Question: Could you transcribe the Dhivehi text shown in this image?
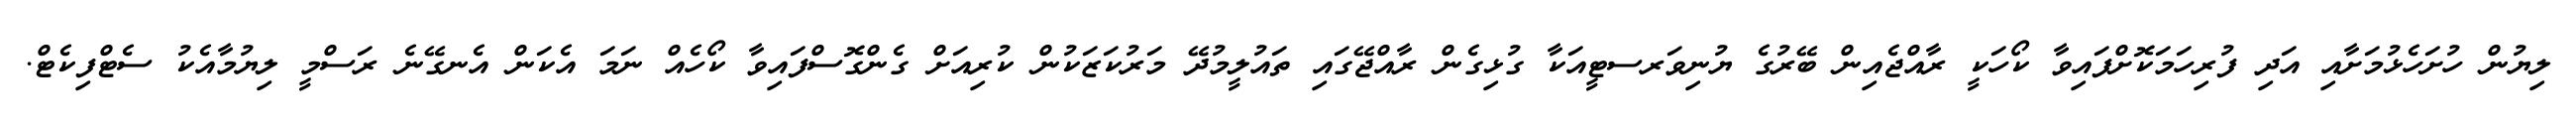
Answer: ލިޔުން ހުށަހެޅުމަށާއި އަދި ފުރިހަމަކޮށްފައިވާ ކޯހަކީ ރާއްޖެއިން ބޭރުގެ ޔުނިވަރސޓީއަކާ ގުޅިގެން ރާއްޖޭގައި ތައުލީމުދޭ މަރުކަޒަކުން ކުރިއަށް ގެންގޮސްފައިވާ ކޯހެއް ނަމަ އެކަން އެނގޭނެ ރަސްމީ ލިޔުމާއެކު ސެޓްފިކެޓް.